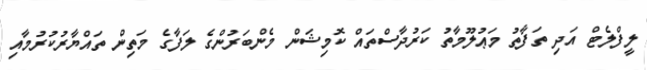
ލީފްލެޓް އަދި ތަފާތު މަޢުލޫމާތު ކަރުދާސްތައް ކޮމިޝަން މެންބަރުންގެ ލަފާގެ މަތިން ތައްޔާރުކުރުމާއި